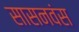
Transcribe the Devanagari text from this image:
सासनवंस